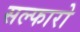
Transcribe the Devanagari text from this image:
सल्फारो